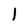
Character: 1